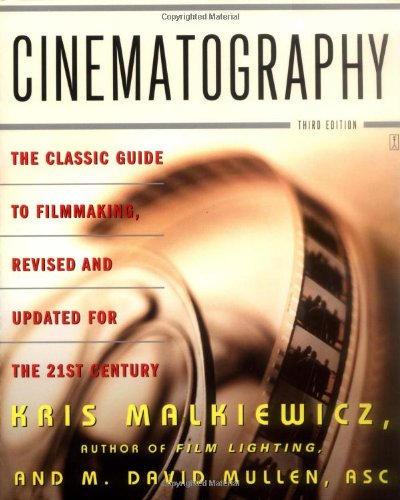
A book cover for Cinematography: Third Edition; Kris Malkiewicz; Arts & Photography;